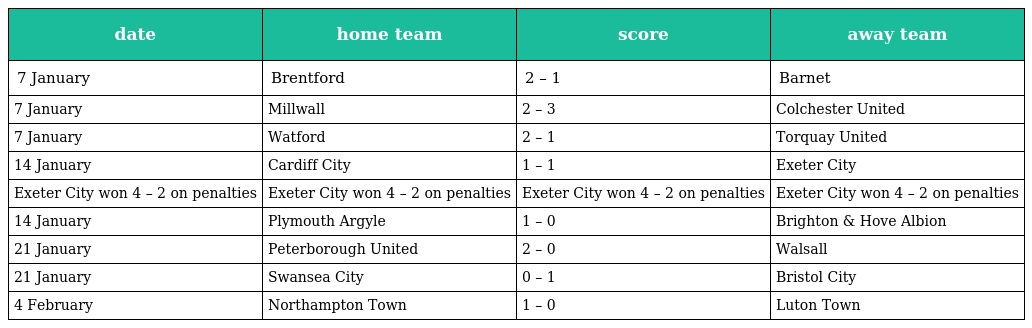
| date | home team | score | away team |
 | --- | --- | --- | --- |
 | 7 January | Brentford | 2 – 1 | Barnet |
 | 7 January | Millwall | 2 – 3 | Colchester United |
 | 7 January | Watford | 2 – 1 | Torquay United |
 | 14 January | Cardiff City | 1 – 1 | Exeter City |
 | Exeter City won 4 – 2 on penalties | Exeter City won 4 – 2 on penalties | Exeter City won 4 – 2 on penalties | Exeter City won 4 – 2 on penalties |
 | 14 January | Plymouth Argyle | 1 – 0 | Brighton & Hove Albion |
 | 21 January | Peterborough United | 2 – 0 | Walsall |
 | 21 January | Swansea City | 0 – 1 | Bristol City |
 | 4 February | Northampton Town | 1 – 0 | Luton Town |